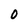
Character: O